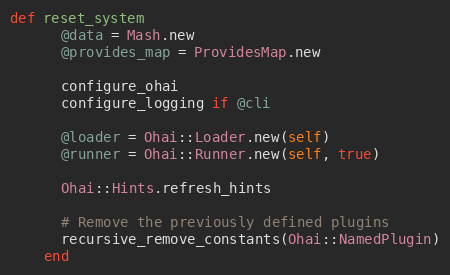
Language: Ruby
def reset_system
      @data = Mash.new
      @provides_map = ProvidesMap.new

      configure_ohai
      configure_logging if @cli

      @loader = Ohai::Loader.new(self)
      @runner = Ohai::Runner.new(self, true)

      Ohai::Hints.refresh_hints

      # Remove the previously defined plugins
      recursive_remove_constants(Ohai::NamedPlugin)
    end